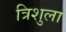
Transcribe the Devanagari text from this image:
त्रिशुला